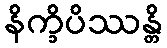
နိက္ခိပိဿန္တိ